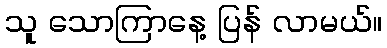
သူ သောကြာနေ့ ပြန် လာမယ်။